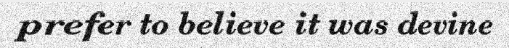
prefer to believe it was devine